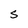
Character: S